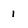
Character: 1